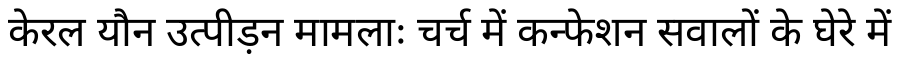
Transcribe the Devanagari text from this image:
केरल यौन उत्पीड़न मामलाः चर्च में कन्फेशन सवालों के घेरे में